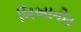
બિઆનોર